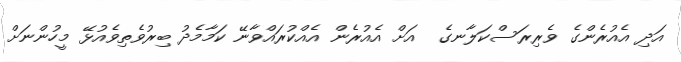
އަދި އެއުރެންގެ ވެރިރަސްކަލާނގެ  އަށް އެއުރެން އެއްކުރައްވާނޭ ކަމާމެދު ބިރުވެތިވެއުޅޭ މީހުންނަށް